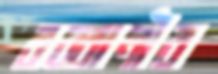
রব্বানীর